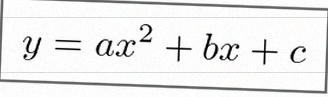
y=ax^2+bx+c